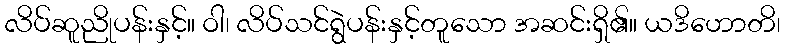
လိပ်ဆူညိုပန်းနှင့်။ ဝါ၊ လိပ်သင်ရွဲပန်းနှင့်တူသော အဆင်းရှိ၏။ ယဒိဟောတိ၊